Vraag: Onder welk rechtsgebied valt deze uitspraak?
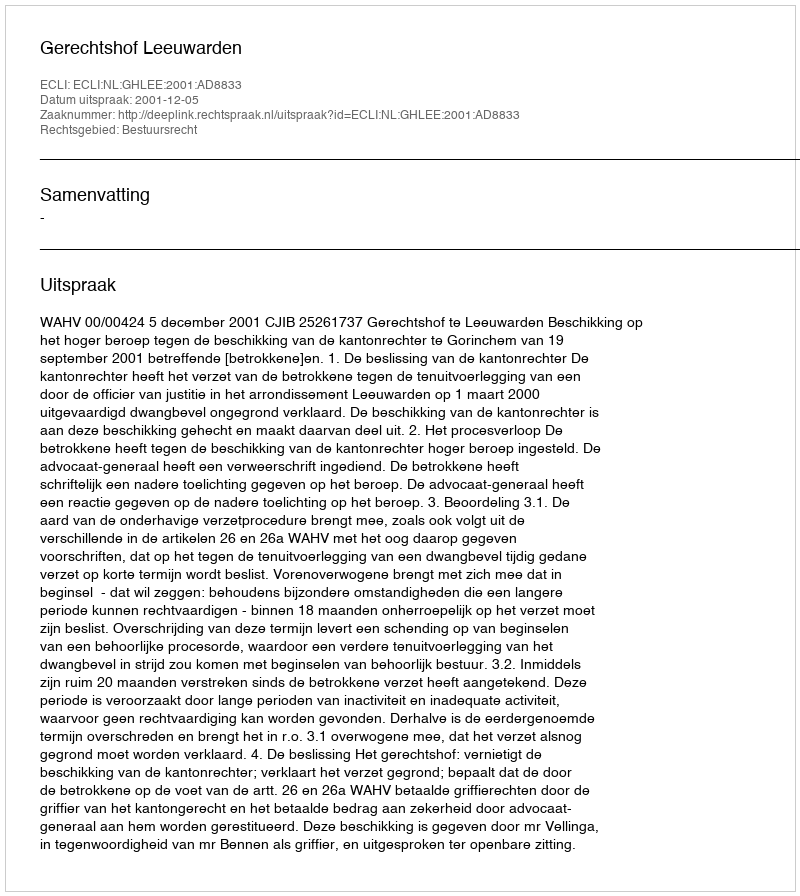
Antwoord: Bestuursrecht